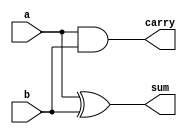
//Semisumador de dos entradas de 1 bit realizado a partir sentencias assign

module ha_v2(output wire sum, output wire carry, input wire a, input wire b);

// semisumador con asignaciones continuas (assign)

assign sum = a ^ b;	//operador xor (bit a bit)
assign carry = a & b;	//operador and (bit a bit)

endmodule